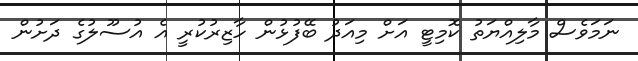
ނަމަވެސް މާލިއްޔަތު ކޮމިޓީ އަށް މިއަދު ބޭފުޅުން ހާޒިރުކުރީ އެ އުސޫލުގެ ދަށުން